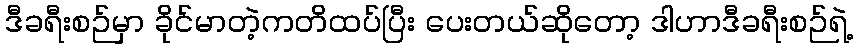
ဒီခရီးစဉ်မှာ ခိုင်မာတဲ့ကတိထပ်ပြီး ပေးတယ်ဆိုတော့ ဒါဟာဒီခရီးစဉ်ရဲ့